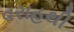
વરાહથી